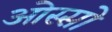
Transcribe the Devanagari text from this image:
ओस्सो